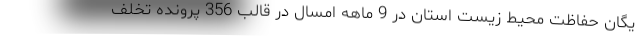
یگان حفاظت محیط زیست استان در 9 ماهه امسال در قالب 356 پرونده تخلف